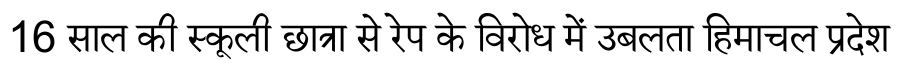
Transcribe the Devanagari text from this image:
16 साल की स्कूली छात्रा से रेप के विरोध में उबलता हिमाचल प्रदेश